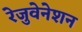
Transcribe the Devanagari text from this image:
रेजुवेनेशन